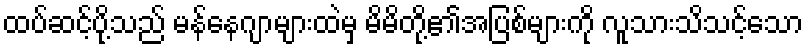
ထပ်ဆင့်ပို့သည် မန်နေဂျာများထဲမှ မိမိတို့၏အပြစ်များကို လူသားသိသင့်သော